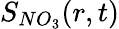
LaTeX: S_{NO_{3}}(r,t)